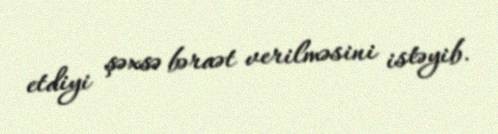
etdiyi şəxsə bəraət verilməsini istəyib.